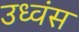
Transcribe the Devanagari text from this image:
उध्वंस